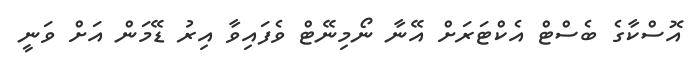
އޮސްކާގެ ބެސްޓް އެކްޓަރަށް އޭނާ ނޯމިނޭޓް ވެފައިވާ އިރު ޑޭމަން އަށް ވަނީ